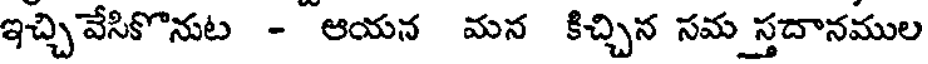
ఇచ్చివేసికొనుట - ఆయన మన కిచ్చిన సమ స్తదానముల